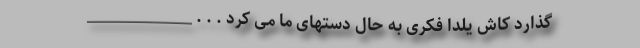
گذارد کاش یلدا فکری به حال دستهای ما می کرد . . . _______________